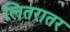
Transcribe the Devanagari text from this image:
लितरातर